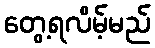
တွေ့ရလိမ့်မည်